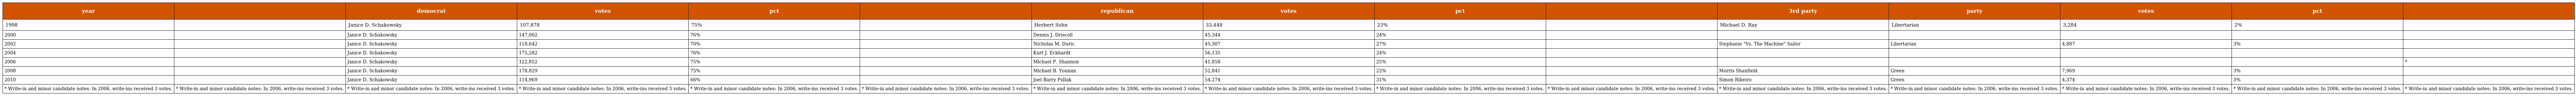
| year |  | democrat | votes | pct |  | republican | votes | pct |  | 3rd party | party | votes | pct |  |
 | --- | --- | --- | --- | --- | --- | --- | --- | --- | --- | --- | --- | --- | --- | --- |
 | 1998 |  | Janice D. Schakowsky | 107,878 | 75% |  | Herbert Sohn | 33,448 | 23% |  | Michael D. Ray | Libertarian | 3,284 | 2% |  |
 | 2000 |  | Janice D. Schakowsky | 147,002 | 76% |  | Dennis J. Driscoll | 45,344 | 24% |  |  |  |  |  |  |
 | 2002 |  | Janice D. Schakowsky | 118,642 | 70% |  | Nicholas M. Duric | 45,307 | 27% |  | Stephanie "Vs. The Machine" Sailor | Libertarian | 4,887 | 3% |  |
 | 2004 |  | Janice D. Schakowsky | 175,282 | 76% |  | Kurt J. Eckhardt | 56,135 | 24% |  |  |  |  |  |  |
 | 2006 |  | Janice D. Schakowsky | 122,852 | 75% |  | Michael P. Shannon | 41,858 | 25% |  |  |  |  |  | * |
 | 2008 |  | Janice D. Schakowsky | 178,829 | 75% |  | Michael B. Younan | 52,841 | 22% |  | Morris Shanfield | Green | 7,969 | 3% |  |
 | 2010 |  | Janice D. Schakowsky | 114,969 | 66% |  | Joel Barry Pollak | 54,274 | 31% |  | Simon Ribeiro | Green | 4,374 | 3% |  |
 | * Write-in and minor candidate notes: In 2006, write-ins received 3 votes. | * Write-in and minor candidate notes: In 2006, write-ins received 3 votes. | * Write-in and minor candidate notes: In 2006, write-ins received 3 votes. | * Write-in and minor candidate notes: In 2006, write-ins received 3 votes. | * Write-in and minor candidate notes: In 2006, write-ins received 3 votes. | * Write-in and minor candidate notes: In 2006, write-ins received 3 votes. | * Write-in and minor candidate notes: In 2006, write-ins received 3 votes. | * Write-in and minor candidate notes: In 2006, write-ins received 3 votes. | * Write-in and minor candidate notes: In 2006, write-ins received 3 votes. | * Write-in and minor candidate notes: In 2006, write-ins received 3 votes. | * Write-in and minor candidate notes: In 2006, write-ins received 3 votes. | * Write-in and minor candidate notes: In 2006, write-ins received 3 votes. | * Write-in and minor candidate notes: In 2006, write-ins received 3 votes. | * Write-in and minor candidate notes: In 2006, write-ins received 3 votes. | * Write-in and minor candidate notes: In 2006, write-ins received 3 votes. |